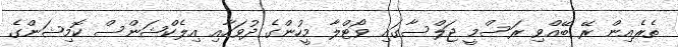
ތެރެއިން ރޭ ބޭއްވި ރަސްމީ ޖަލްސާގައި ވޯޓްލާ މީހުންގެ ދުވަހާއި އިލެކްޝަންސް ކޮމިޝަންގެ